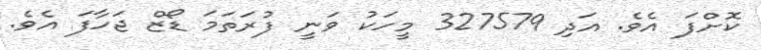
ކޮށްފަ އެވެ. އަދި 327579 މީހަކު ވަނީ ފުރަތަމަ ޑޯޒް ޖަހާފަ އެވެ.